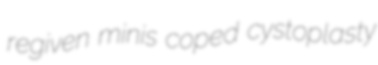
regiven minis coped cystoplasty